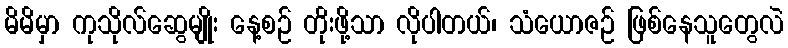
မိမိမှာ ကုသိုလ်ဆွေမျိုး နေ့စဉ် တိုးဖို့သာ လိုပါတယ်၊ သံယောဇဉ် ဖြစ်နေသူတွေလဲ